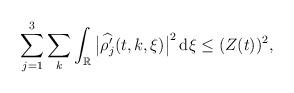
LaTeX: \begin{align*}\sum_{j=1}^3\sum_{k}\int_{\mathbb{R}}\big|\widehat{\rho_j'}(t,k,\xi)\big|^2\,\mathrm{d}\xi\leq (Z(t))^2, \end{align*}